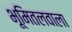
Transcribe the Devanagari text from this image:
भूमितलवाला